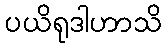
ပယိရုဒါဟာသိ